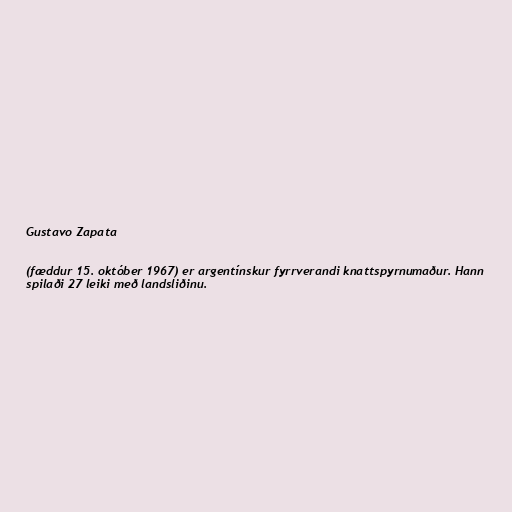
Gustavo Zapata

(fæddur 15. október 1967) er argentínskur fyrrverandi knattspyrnumaður. Hann
spilaði 27 leiki með landsliðinu.